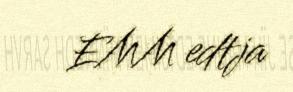
EMM edtja